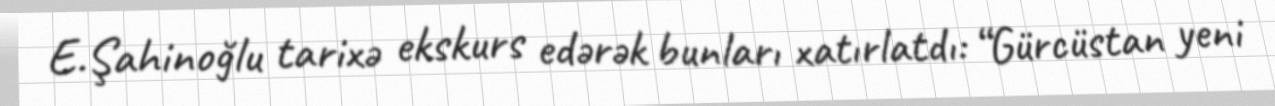
E.Şahinoğlu tarixə ekskurs edərək bunları xatırlatdı: “Gürcüstan yeni